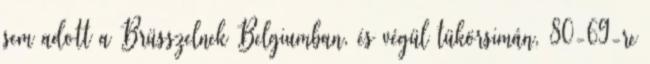
sem adott a Brüsszelnek Belgiumban, és végül tükörsimán, 80-69-re